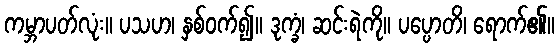
ကမ္ဘာပတ်လုံး။ ပသဟ၊ နှစ်ဝက်၍။ ဒုက္ခံ၊ ဆင်းရဲကို။ ပပ္ပောတိ၊ ရောက်၏။